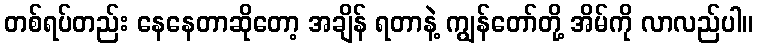
တစ်ရပ်တည်း နေနေတာဆိုတော့ အချိန် ရတာနဲ့ ကျွန်တော်တို့ အိမ်ကို လာလည်ပါ။